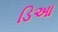
ડિઆ